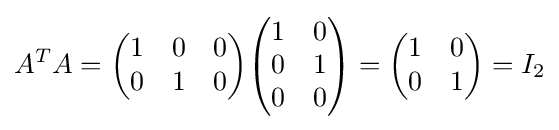
A^{T}A={\begin{pmatrix}1&0&0\\0&1&0\end{pmatrix}}{\begin{pmatrix}1&0\\0&1\\0&0\end{pmatrix}}={\begin{pmatrix}1&0\\0&1\end{pmatrix}}=I_{2}